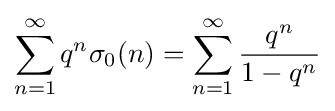
\sum _{n=1}^{\infty }q^{n}\sigma _{0}(n)=\sum _{n=1}^{\infty }{\frac {q^{n}}{1-q^{n}}}